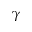
\gamma